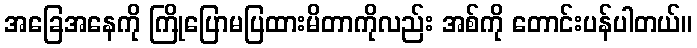
အခြေအနေကို ကြိုပြောမပြထားမိတာကိုလည်း အစ်ကို တောင်းပန်ပါတယ်။